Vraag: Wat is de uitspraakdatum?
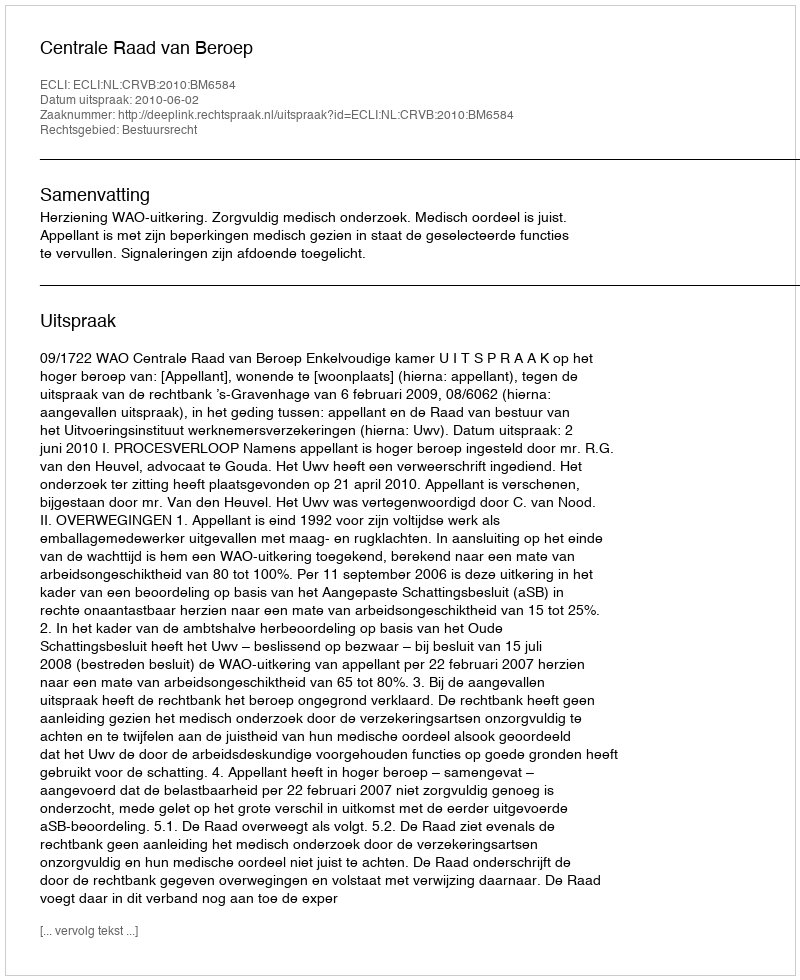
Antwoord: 2010-06-02